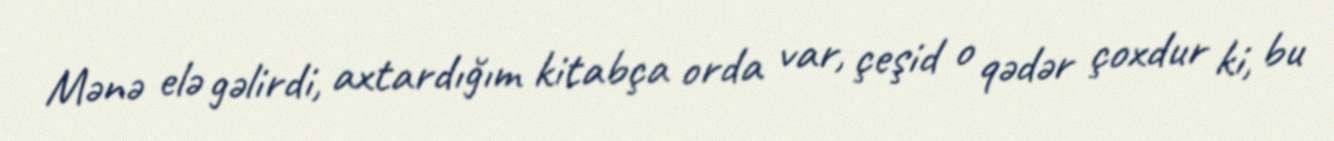
Mənə elə gəlirdi, axtardığım kitabça orda var, çeşid o qədər çoxdur ki, bu